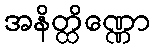
အနိတ္ထိဏ္ဏော